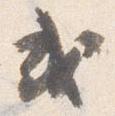
或